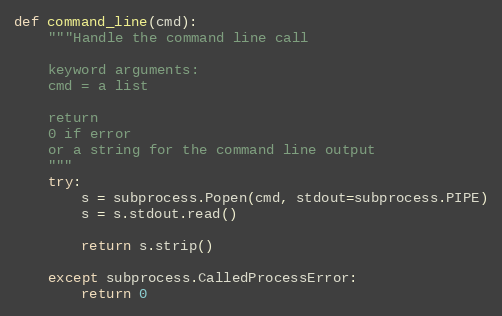
Language: Python
def command_line(cmd):
    """Handle the command line call

    keyword arguments:
    cmd = a list

    return
    0 if error
    or a string for the command line output
    """
    try:
        s = subprocess.Popen(cmd, stdout=subprocess.PIPE)
        s = s.stdout.read()

        return s.strip()

    except subprocess.CalledProcessError:
        return 0